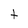
Character: t